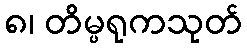
၈၊ တိမ္ပရုကသုတ်